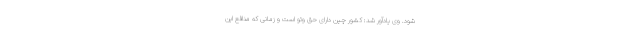
شود. وی یادآور شد: کشور چین دارای حق وتو است و زمانی که منافع این